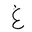
Letter: _gayn